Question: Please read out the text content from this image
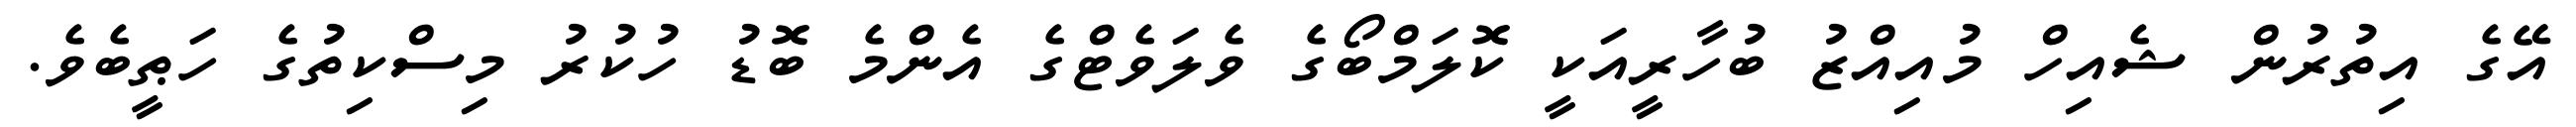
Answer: އޭގެ އިތުރުން ޝެއިހް މުއިއްޒު ބުހާރީއަކީ ކޮލަމްބޯގެ ވެލަވެޓްގެ އެންމެ ބޮޑު ހުކުރު މިސްކިތުގެ ހަޠީބެވެ.